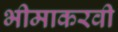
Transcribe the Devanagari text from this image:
भीमाकरवी